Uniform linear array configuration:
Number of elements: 64
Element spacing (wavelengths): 0.25
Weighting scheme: uniform
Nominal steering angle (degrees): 45
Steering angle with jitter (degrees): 44.759
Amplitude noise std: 0.05
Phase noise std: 0.05

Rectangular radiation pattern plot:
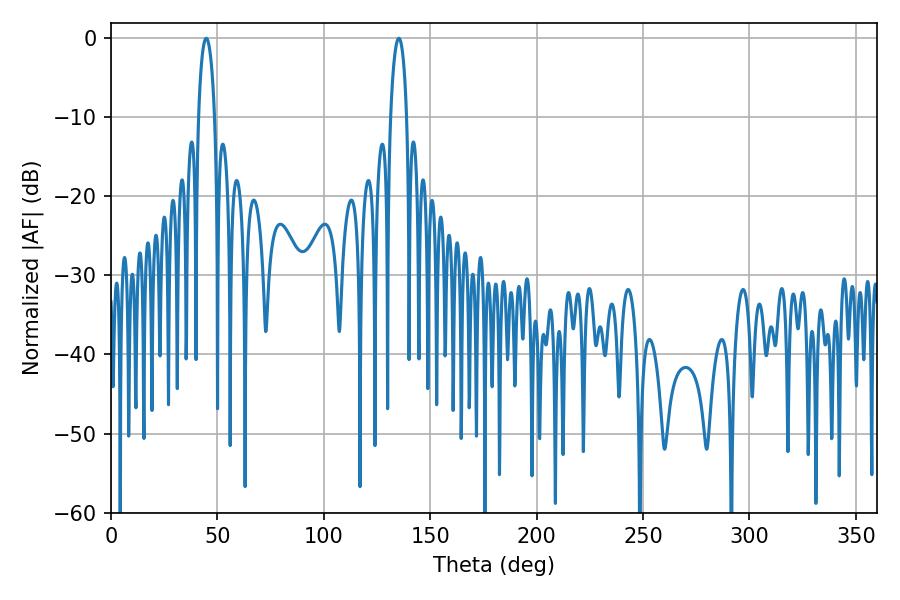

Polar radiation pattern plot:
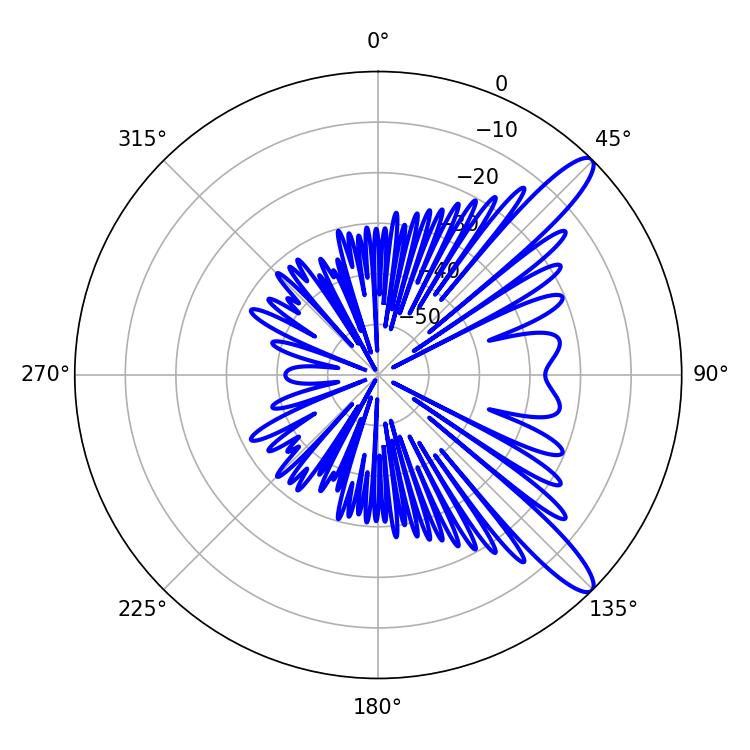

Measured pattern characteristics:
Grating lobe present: FALSE
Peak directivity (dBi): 12.072
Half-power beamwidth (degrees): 4.32
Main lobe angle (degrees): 44.82